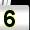
Digit: 5